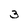
Character: 3